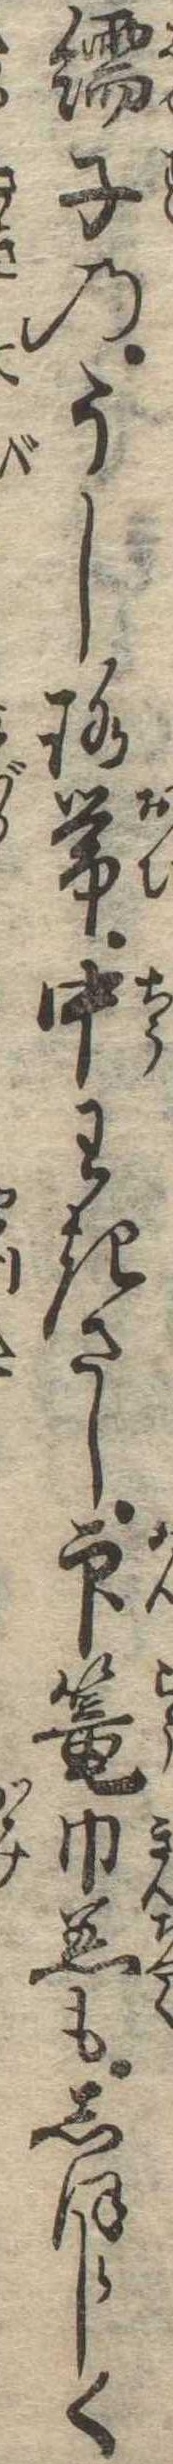
繻子のうしろ帯中わきざし印篭巾着もしほらしく